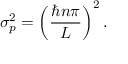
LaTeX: \sigma _ { p } ^ { 2 } = \left( { \frac { \hbar n \pi } { L } } \right) ^ { 2 } .